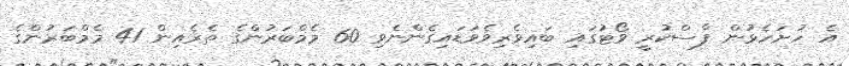
އެ ހުށަހެޅުން ފާސްކުރީ ވޯޓުގައި ބައިވެރިވެވަޑައިގެންނެވި 60 މެމްބަރުންގެ ތެރެއިން 41 މެމްބަރުންގެ